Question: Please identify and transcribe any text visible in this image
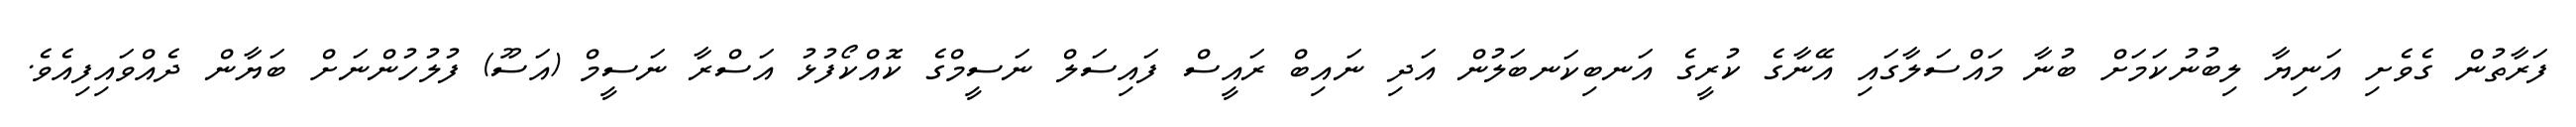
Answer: ފަރާތުން ގެވެށި އަނިޔާ ލިބުނުކަމަށް ބުނާ މައްސަލާގައި އޭނާގެ ކުރީގެ އަނބިކަނބަލުން އަދި ނައިބް ރައީސް ފައިސަލް ނަސީމްގެ ކޮއްކޯފުޅު އަސްރާ ނަސީމް (އަސޫ) ފުލުހުންނަށް ބަޔާން ދެއްވައިފިއެވެ.